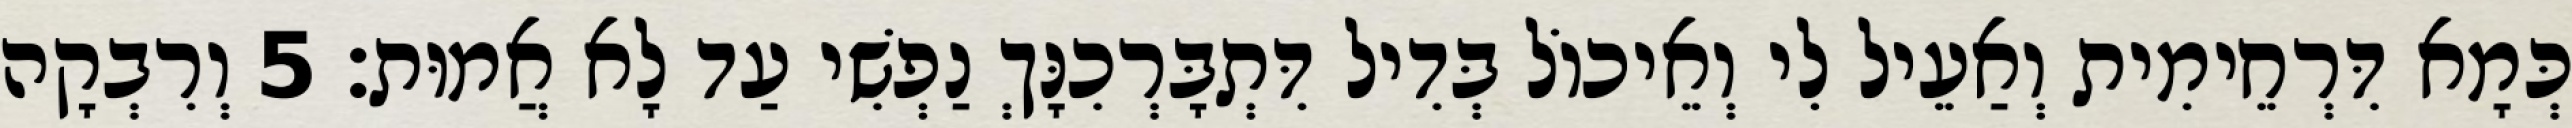
כְּמָא דִּרְחֵימִית וְאַעֵיל לִי וְאֵיכוֹל בְּדִיל דִּתְבָּרְכִנָּךְ נַפְשִׁי עַד לָא אֲמוּת׃ 5 וְרִבְקָה